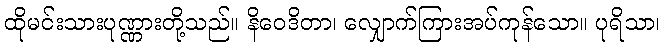
ထိုမင်းသားပုဏ္ဏားတို့သည်။ နိဝေဒိတာ၊ လျှောက်ကြားအပ်ကုန်သော။ ပုရိသာ၊